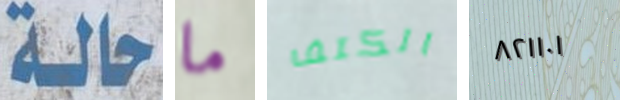
حالة ما الكتف ٨٢١١٠١